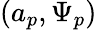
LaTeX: (a_{p},\Psi_{p})